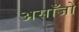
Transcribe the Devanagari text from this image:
असाँजो